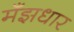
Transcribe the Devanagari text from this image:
मँझधार